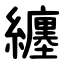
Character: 纏